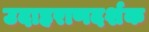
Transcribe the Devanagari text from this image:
उदाहराणदर्शक